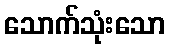
သောက်သုံးသော